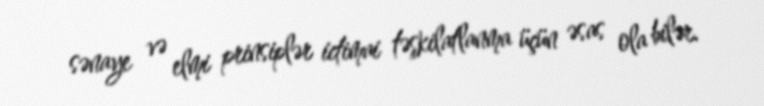
sənaye və elmi prinsiplər ictimai təşkilatlanma üçün əsas ola bilər.